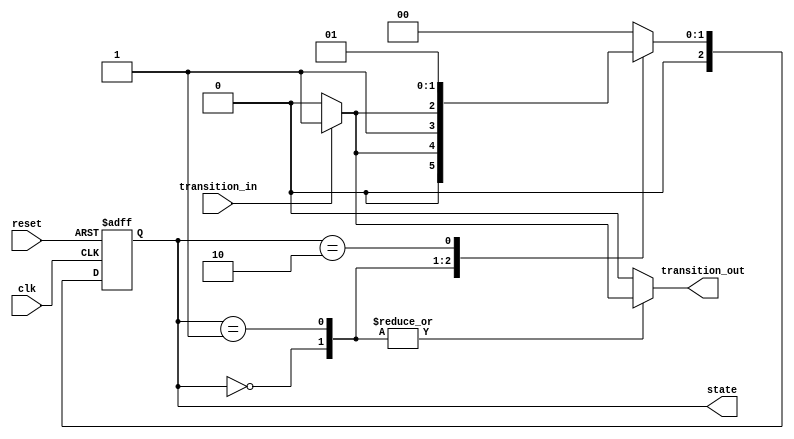
module state_machine (
  input wire clk,
  input wire reset,
  input wire transition_in,
  output reg [2:0] state,
  output wire transition_out
);

parameter IDLE = 3'b000;
parameter STATE1 = 3'b001;
parameter STATE2 = 3'b010;
parameter STATE3 = 3'b011;

reg [2:0] next_state;

always @ (posedge clk or posedge reset) begin
  if (reset) begin
    state <= IDLE;
  end else begin
    state <= next_state;
  end
end

always @ (*) begin
  case (state)
    IDLE: begin
      if (transition_in) begin
        next_state = STATE1;
        transition_out = 1'b1;
      end else begin
        next_state = IDLE;
        transition_out = 1'b0;
      end
    end
    STATE1: begin
      if (transition_in) begin
        next_state = STATE3;
        transition_out = 1'b1;
      end else begin
        next_state = STATE2;
        transition_out = 1'b0;
      end
    end
    STATE2: begin
      next_state = STATE1;
      transition_out = 1'b0;
    end
    STATE3: begin
      next_state = IDLE;
      transition_out = 1'b0;
    end
    default: begin
      next_state = IDLE;
      transition_out = 1'b0;
    end
  endcase
end

endmodule